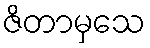
ဇိတာမှသေ